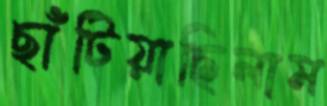
ছাঁটিয়াছিলাম